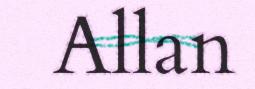
Allan